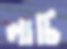
লাচি